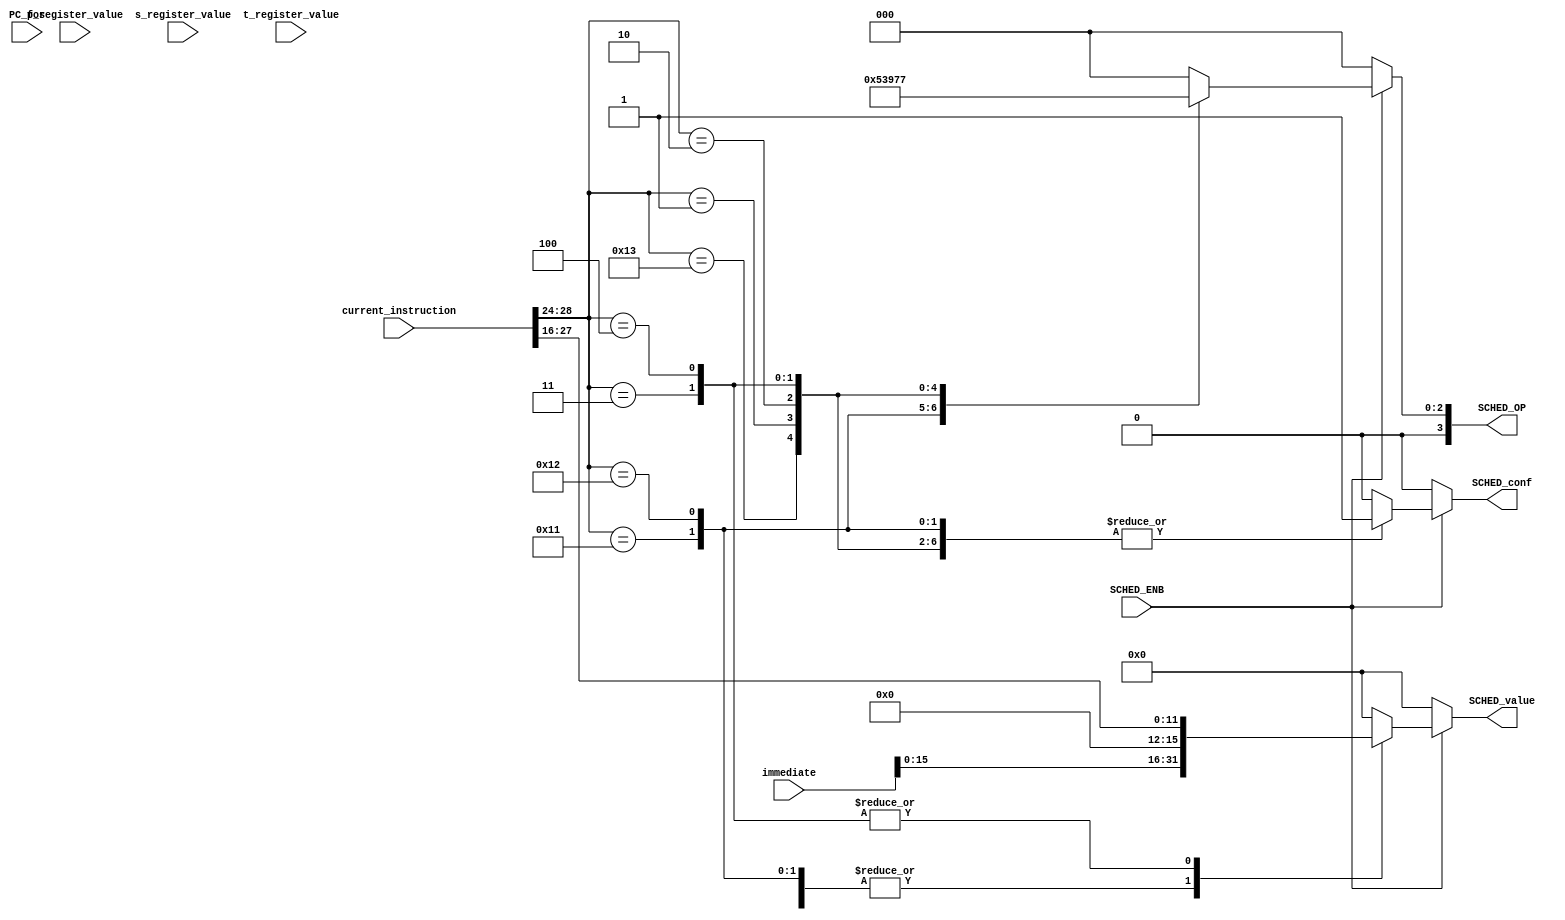
module SchedulerDecoder(
	input SCHED_ENB,
	input [31:0] current_instruction,
	input [31:0] f_register_value,
	input [31:0] s_register_value,
	input [31:0] t_register_value,
	input [23:0] immediate,
	input [15:0] PC_pos,
	output reg SCHED_conf,
	output reg [3:0] SCHED_OP,
	output reg [15:0] SCHED_value
);

	always@(*) begin
		if (SCHED_ENB) begin
			case (current_instruction[28:24])

				5'b10001: begin // Config SYSCall | SYSCalli
					SCHED_conf = 1;
					SCHED_OP[3:0] = 4'b0001;
					SCHED_value[15:0] = immediate[15:0];
				end

				5'b10010: begin // Config Timer Interruption | Timeri
					SCHED_conf = 1;
					SCHED_OP[3:0] = 4'b0010;
					SCHED_value[15:0] = immediate[15:0];
				end

				5'b10011: begin // Config DMA Operation Interruption | DMAInti
					SCHED_conf = 1;
					SCHED_OP[3:0] = 4'b0011;
					SCHED_value[15:0] = immediate[15:0];
				end

				5'b00001: begin // Initialize | Start
					SCHED_conf = 1;
					SCHED_OP[3:0] = 4'b0100;
					SCHED_value[15:0] = immediate[15:0];
				end

				5'b00010: begin // Reset timer | RTimer
					SCHED_conf = 1;
					SCHED_OP[3:0] = 4'b0101;
					SCHED_value[15:0] = immediate[15:0];
				end

				5'b00011: begin // Return last PC_POS | RETR
					SCHED_conf = 1;
					SCHED_OP[3:0] = 4'b0110;
					SCHED_value[15:0] = {8'b0, current_instruction[27:16]};
				end

				5'b00100: begin // Return PC_POS | PC
					SCHED_conf = 1;
					SCHED_OP[3:0] = 4'b0111;
					SCHED_value[15:0] = {8'b0, current_instruction[27:16]};
				end
				
				default: begin
					SCHED_conf = 0;
					SCHED_OP[3:0] = 0;
					SCHED_value[15:0] = 0;
				end
			
			endcase
		end else begin
			SCHED_conf = 0;
			SCHED_OP[3:0] = 0;
			SCHED_value[15:0] = 0;
		end
	end

endmodule